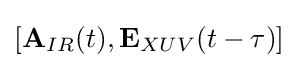
[{\textbf {A}}_{IR}(t),{\textbf {E}}_{XUV}(t-\tau )]